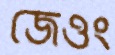
জেওং